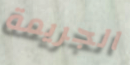
الجريمة